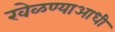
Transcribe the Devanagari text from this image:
खेळण्याआधी